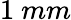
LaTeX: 1\ mm